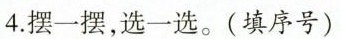
4. 摆一摆，选一选。(填序号)